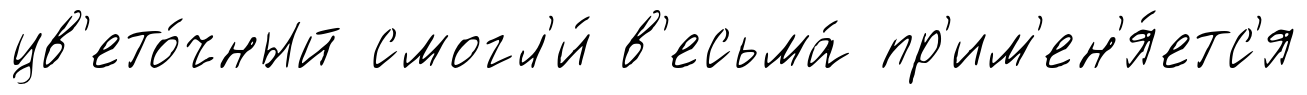
цв'ето́чный смогл'и́ в'есьма́ пр'им'ен'я́етс'я